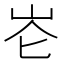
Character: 𪨧